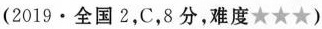
(2019·全国2,C,8 分,难度★★★)